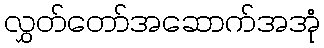
လွှတ်တော်အဆောက်အအုံ